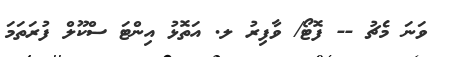
ވަނަ މެޗު -- ފޮޓޯ/ ވާފިރު ލ. އަތޮޅު އިންޓަ ސްކޫލް ފުރަތަމަ